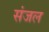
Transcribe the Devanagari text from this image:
संजल